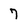
Character: 7